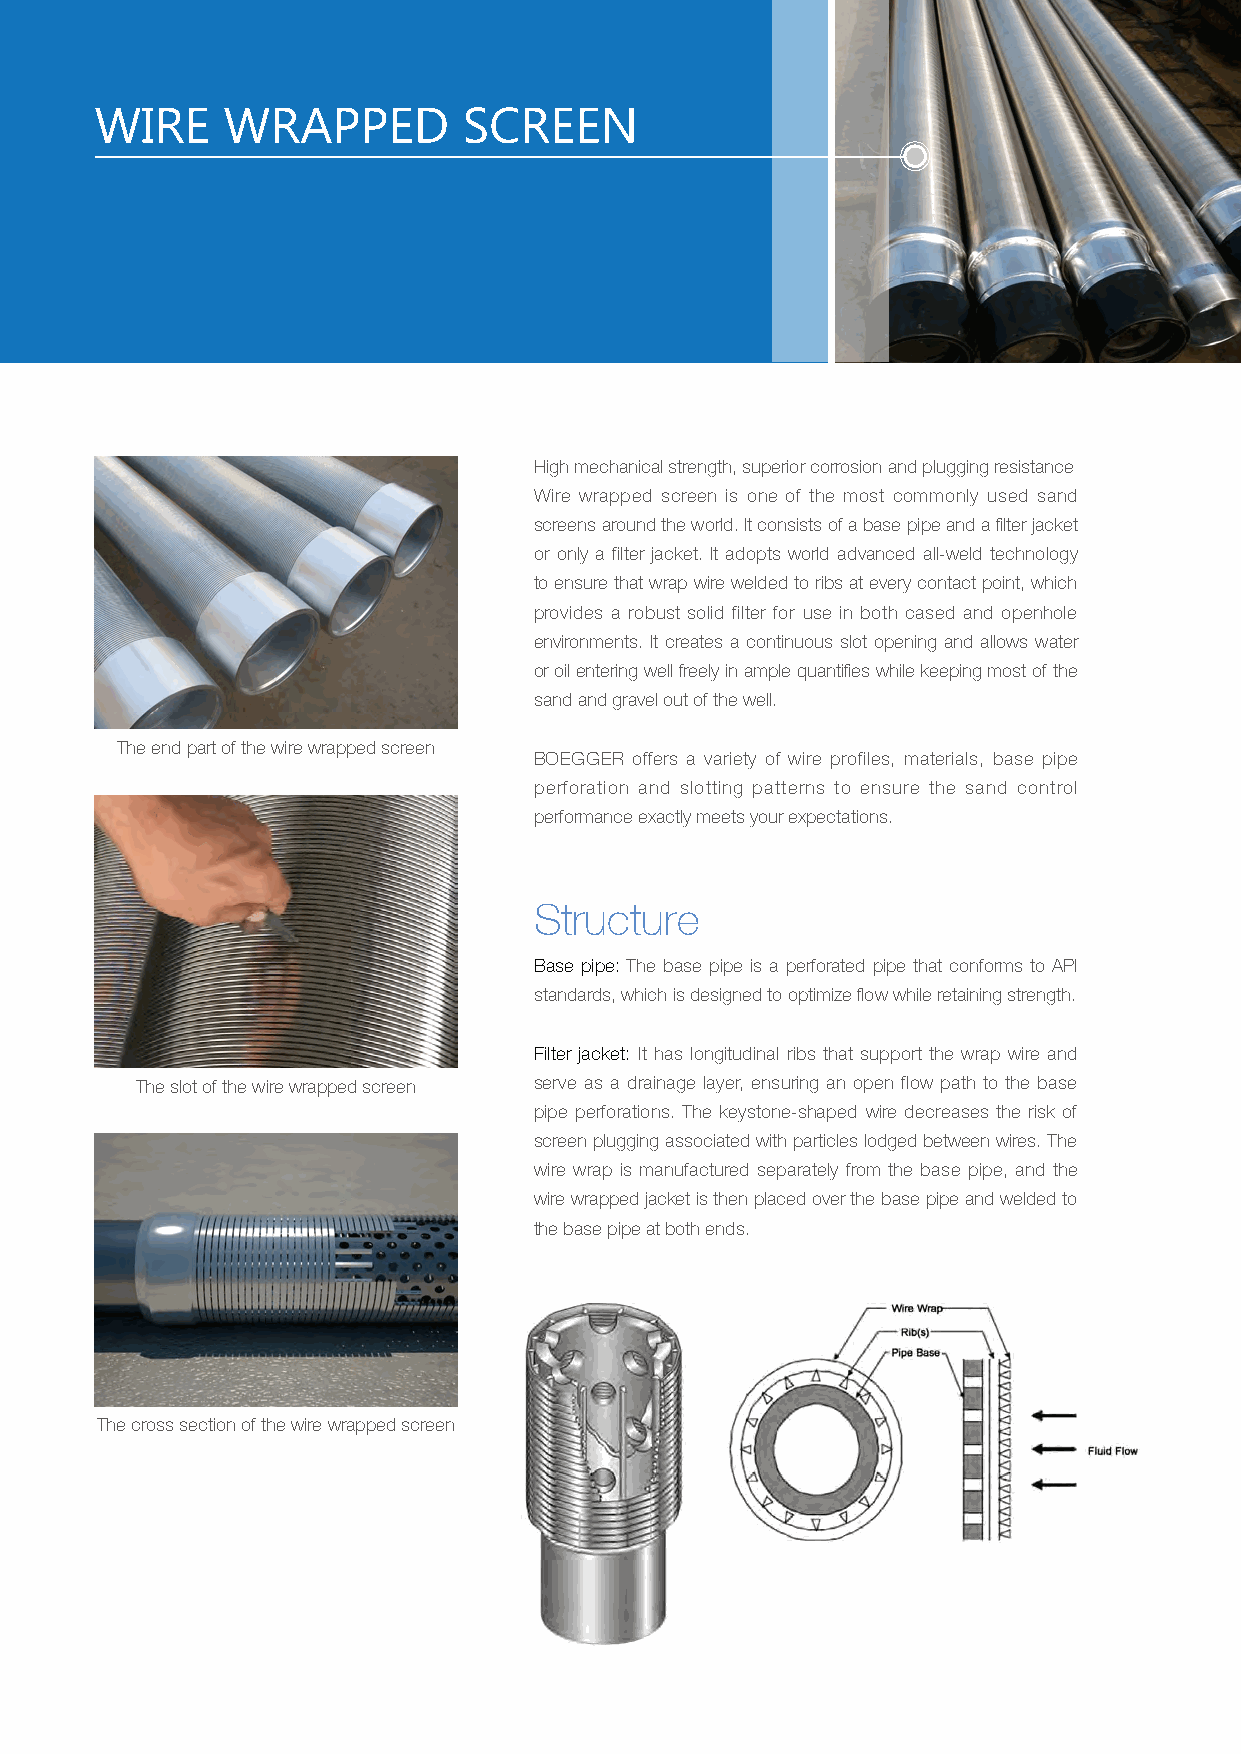
WIRE     WRAPPED         SCREEN
 High mechanical strength, superior corrosion and plugging resistance
 Wire wrapped screen is one of the most commonly used sand
 screens around the world. It consists of a base pipe and a filter jacket
 or only a filter jacket. It adopts world advanced all-weld technology
 to ensure that wrap wire welded to ribs at every contact point, which
 provides a robust solid filter for use in both cased and openhole
 environments. It creates a continuous slot opening and allows water
 or oil entering well freely in ample quantifies while keeping most of the
 sand and gravel out of the well.
 The end part of the wire wrapped screen
 BOEGGER offers a variety of wire profiles, materials, base pipe
 perforation and slotting patterns to ensure the sand control
 performance exactly meets your expectations.
 Structure
 Base pipe: The base pipe is a perforated pipe that conforms to API
 standards, which is designed to optimize flow while retaining strength.
 Filter jacket: It has longitudinal ribs that support the wrap wire and
 The slot of the wire wrapped screen serve as a drainage layer, ensuring an open flow path to the base
 pipe perforations. The keystone-shaped wire decreases the risk of
 screen plugging associated with particles lodged between wires. The
 wire wrap is manufactured separately from the base pipe, and the
 wire wrapped jacket is then placed over the base pipe and welded to
 the base pipe at both ends.
 The cross section of the wire wrapped screen